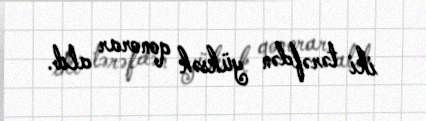
iki tərəfdən yüksək qonorar alıb.